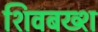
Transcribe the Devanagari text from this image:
शिवबख्श